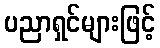
ပညာရှင်များဖြင့်